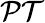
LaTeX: \mathcal{P}\mathcal{T}